DOW-UAP-D48, Department of the Air Force Report, 1996
Agency: Department of War
Incident date: 9/10/96
Page 115
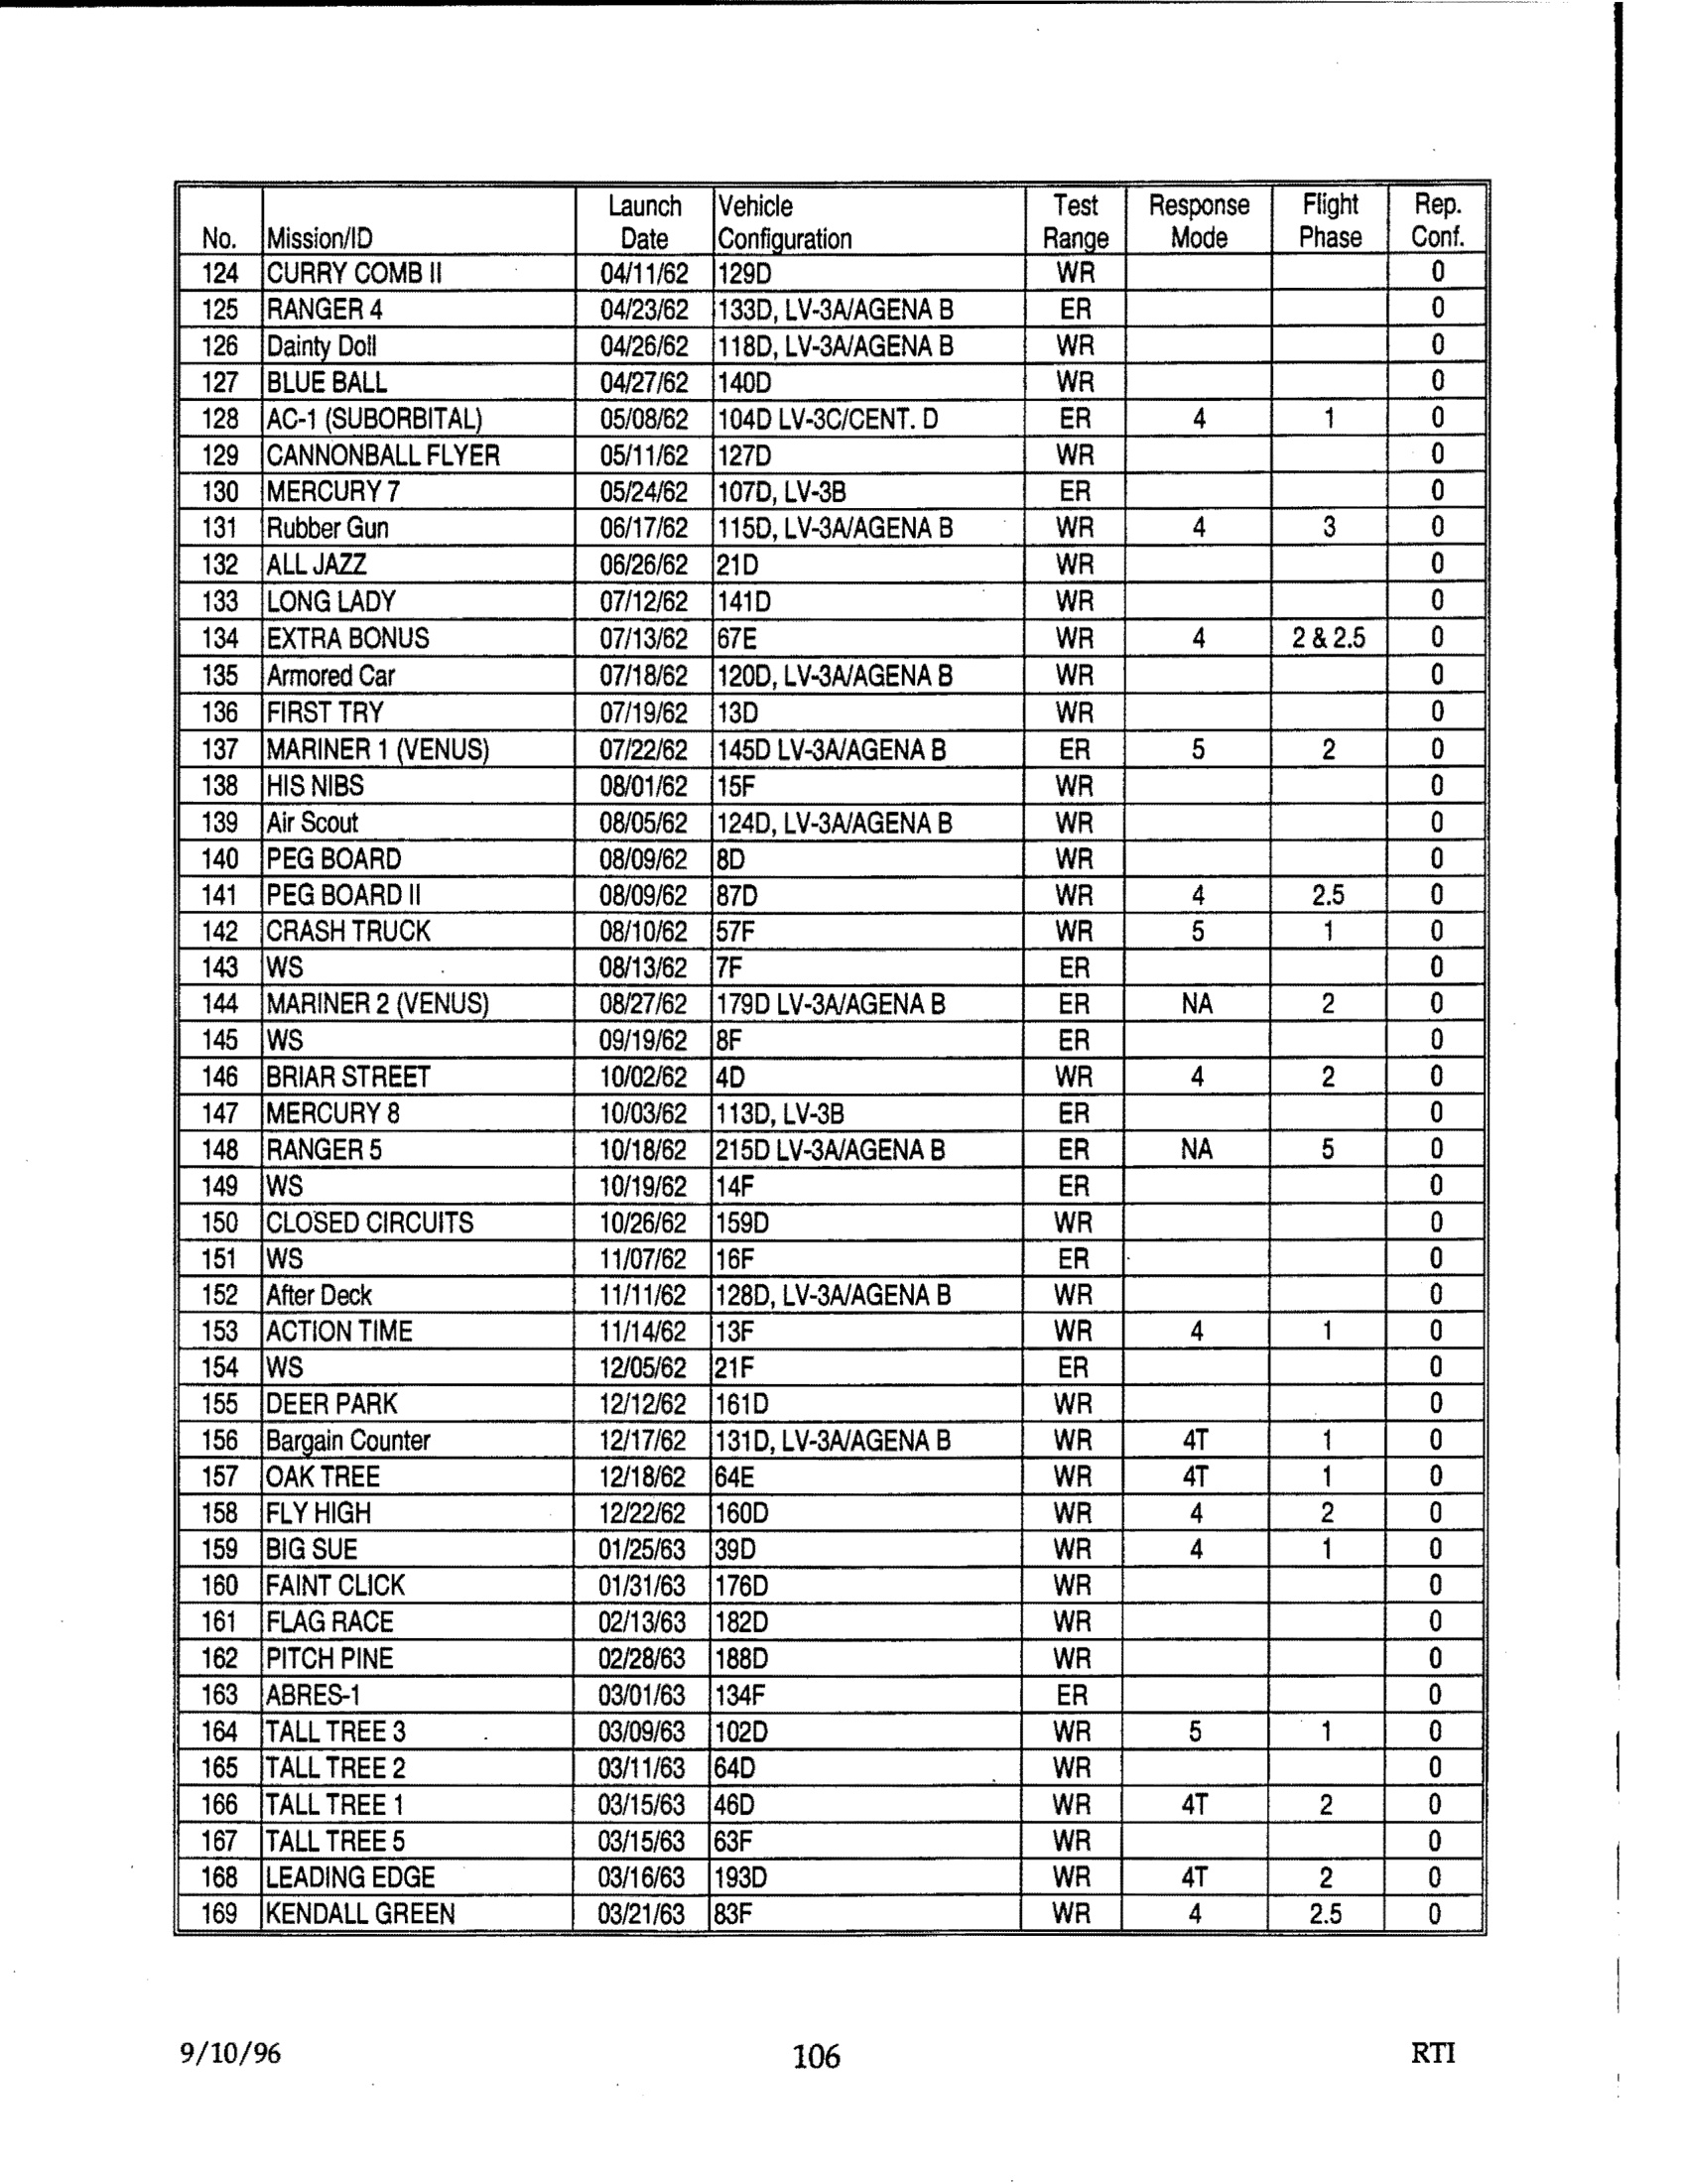